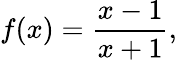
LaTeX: f(x)={\frac{x-1}{x+1}},